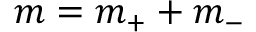
m = m _ { + } + m _ { - }